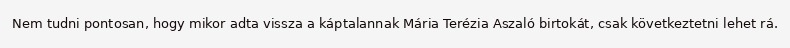
Nem tudni pontosan, hogy mikor adta vissza a káptalannak Mária Terézia Aszaló birtokát, csak következtetni lehet rá.